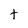
Character: t